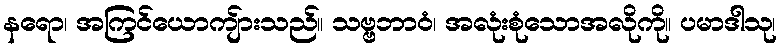
နရော၊ အကြင်ယောကျ်ားသည်။ သဗ္ဗဘာဝံ၊ အလုံးစုံသောအလိုကို။ ပမာဒါသု၊